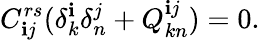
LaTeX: C_{\mathbf{i}j}^{rs}(\delta_{k}^{\mathbf{i}}\delta_{n}^{j}+Q_{kn}^{\mathbf{i}j})=0.